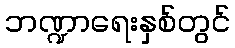
ဘဏ္ဍာရေးနှစ်တွင်